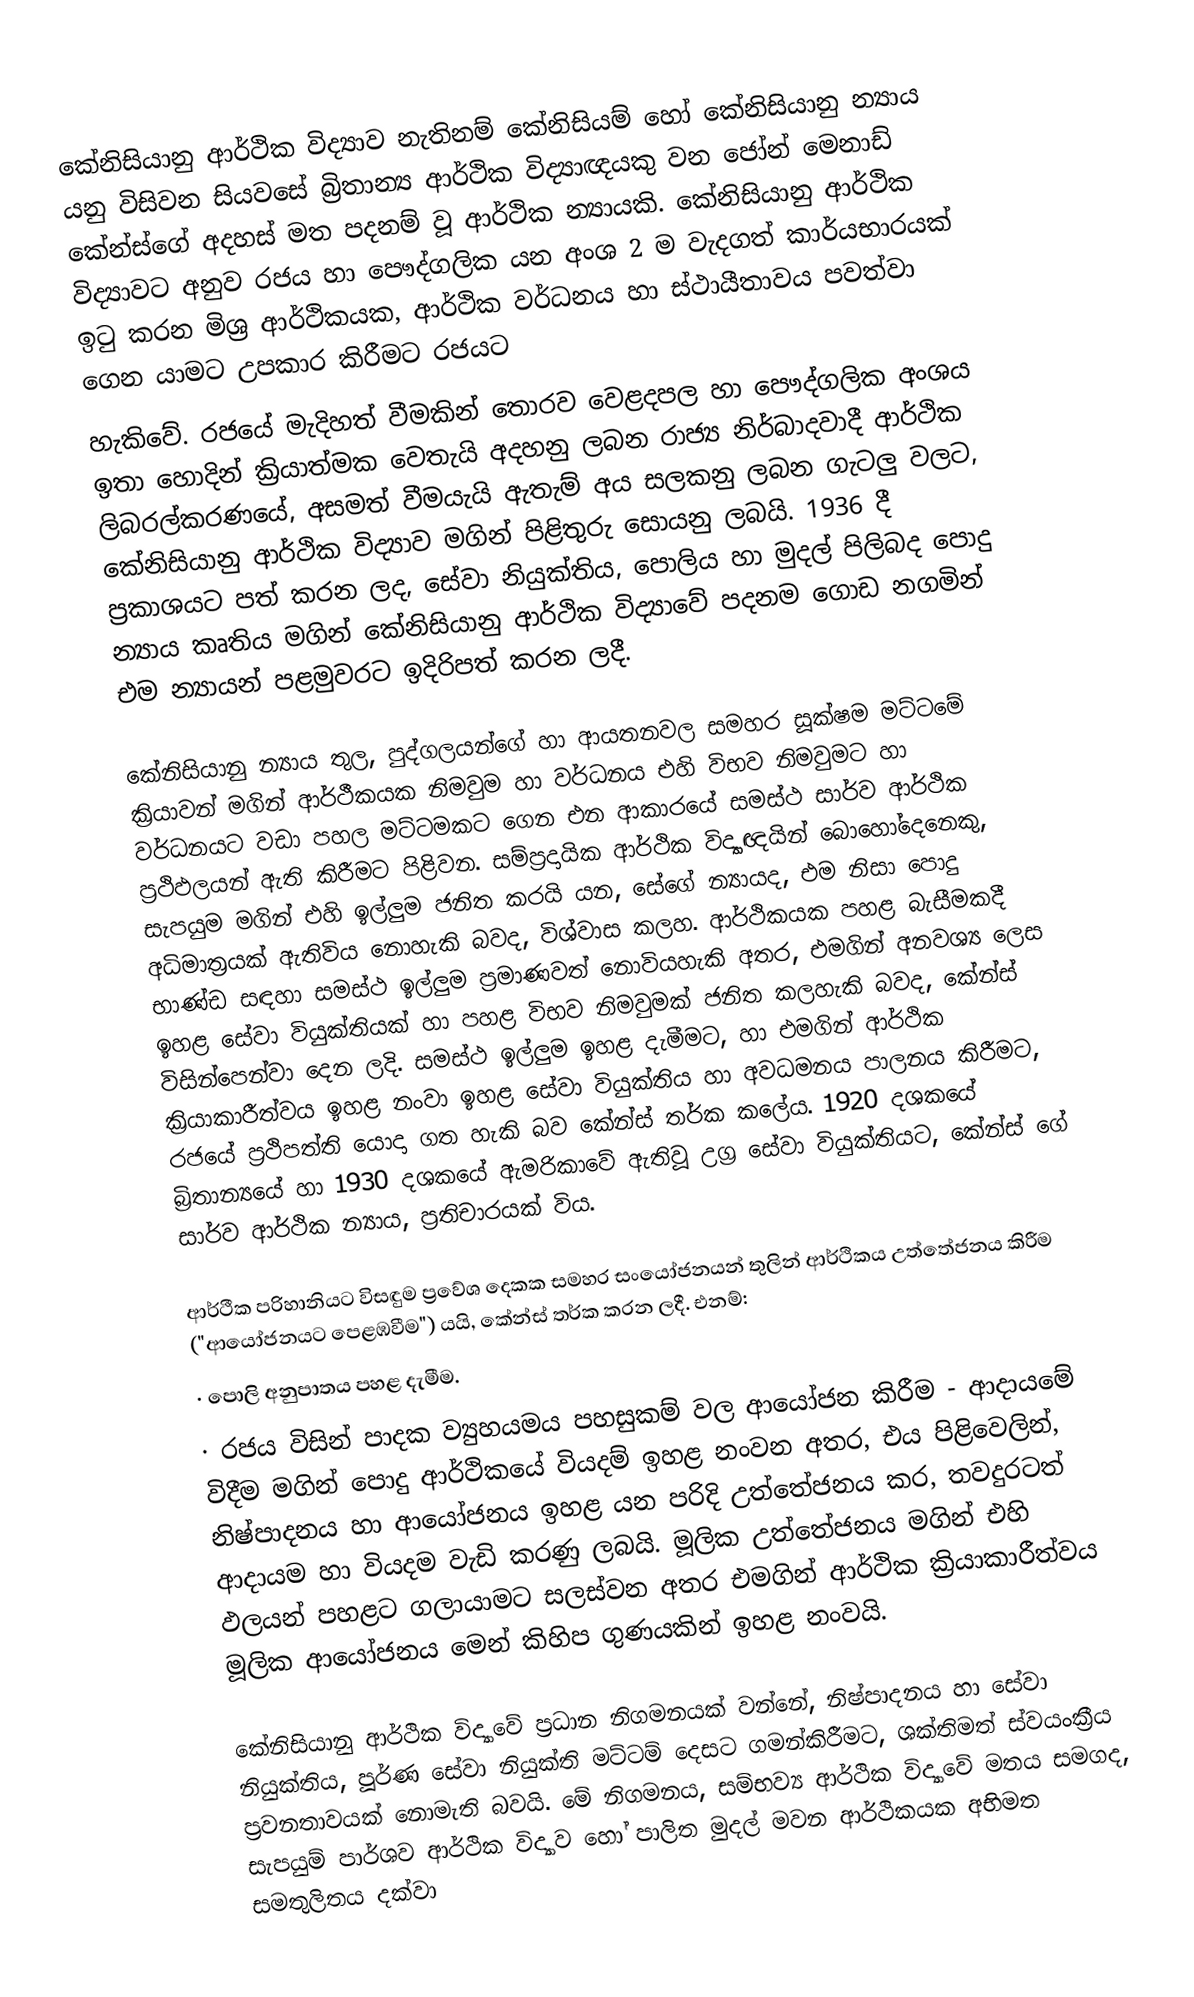
කේනිසියානු ආර්ථික විද්‍යාව නැතිනම් කේනිසියම් හෝ කේනිසියානු න්‍යාය යනු විසිවන සියවසේ බ්‍රිතාන්‍ය ආර්ථික විද්‍යාඥයකු වන ජෝන් මෙනාඩ් කේන්ස්ගේ අදහස් මත පදනම් වූ ආර්ථික න්‍යායකි. කේනිසියානු ආර්ථික විද්‍යාවට අනුව රජය හා පෞද්ගලික  යන අංශ 2 ම වැදගත් කාර්යභාරයක් ඉටු කරන මිශ්‍ර ආර්ථිකයක, ආර්ථික වර්ධනය හා ස්ථායීතාවය පවත්වා ගෙන යාමට උපකාර කිරීමට රජයට
හැකිවේ. රජයේ මැදිහත් වීමකින් තොරව වෙළදපල හා පෞද්ගලික අංශය ඉතා හොදින් ක්‍රියාත්මක වෙතැයි අදහනු ලබන රාජ්‍ය නිර්බාදවාදී ආර්ථික ලිබරල්කරණ‍යේ, අසමත් වීමයැයි ඇතැම් අය සලකනු ලබන ගැටලු වලට, කේනිසියානු ආර්ථික විද්‍යාව මගින් පිළිතුරු සොයනු ලබයි.  1936 දී ප්‍රකාශයට පත් කරන ලද, සේවා නියුක්තිය, පොලිය හා මුදල් පිලිබද පොදු න්‍යාය කෘතිය මගින් කේනිසියානු  ආර්ථික විද්‍යාවේ පදනම ගොඩ නගමින් එම න්‍යායන් පළමුවරට ඉදිරිපත් කරන ලදී.

කේනිසියානු න්‍යාය තුල, පුද්ගලයන්ගේ හා ආයතනවල සමහර සූක්ෂම මට්ටමේ ක්‍රියාවන් මගින් ආර්ථීකයක නිමවුම හා වර්ධනය එහි විභව නිමවුමට හා වර්ධනයට වඩා පහල මට්ටමකට ගෙන එන ආකාරයේ සමස්ථ සාර්ව ආර්ථික ප්‍රථිඵලයන් ඇති කිරීමට පිළිවන. සම්ප්‍රදායික ආර්ථික විද්‍යාඥයින් බොහෝදෙනෙකු, සැපයුම මගින් එහි ඉල්ලුම ජනිත කරයි යන, සේගේ න්‍යායද, එම නිසා පොදු අධිමාත්‍රයක් ඇතිවිය නොහැකි බවද, විශ්වාස කලහ.  ආර්ථිකයක පහළ බැසීමකදී භාණ්ඩ සඳහා සමස්ථ ඉල්ලුම ප්‍රමාණවත් නොවියහැකි අතර, එමගින් අනවශ්‍ය ලෙස ඉහළ සේවා වියුක්තියක් හා පහළ විභව නිමවුමක් ජනිත කලහැකි බවද, කේන්ස් විසින්පෙන්වා දෙන ලදි. සමස්ථ ඉල්ලුම ඉහළ දැමීමට, හා එමගින් ආර්ථික ක්‍රියාකාරීත්වය ඉහළ නංවා ඉහළ සේවා වියුක්තිය හා අවධමනය පාලනය කිරීමට, රජයේ ප්‍රථිපත්ති යොදා ගත හැකි බව කේන්ස් තර්ක කලේය. 1920 දශකයේ බ්‍රිතාන්‍යයේ හා 1930 දශකයේ ඇමරිකා‍‍වේ ඇතිවූ උග්‍ර සේවා වියුක්තියට, කේන්ස් ගේ සාර්ව ආර්ථික න්‍යාය, ප්‍රතිචාරයක් විය.

ආර්ථීක පරිහානියට විසඳුම ප්‍ර‍වේශ දෙකක සමහර සංයෝජනයන් තුලින් ආර්ථිකය උත්තේජනය කිරීම ("ආයෝජනයට පෙළඹවීම") යයි, කේන්ස් තර්ක කරන ලදී. එනම්:
·	පොලි අනුපාතය පහළ දැමීම.
·	රජය විසින් පාදක ව්‍යුහයමය පහසුකම් වල ආයෝජන කිරීම - ආදායමේ විදීම මගින් පොදු ආර්ථිකයේ වියදම් ඉහළ නංවන අතර, එය පිළිවෙලින්, නිෂ්පාදනය හා ආයෝජනය ඉහළ යන පරිදි උත්තේජනය කර, තවදුරටත් ආදායම හා වියදම වැඩි කරණු ලබයි. මූලික උත්තේජනය මගින් එහි ඵලයන් පහළට ගලායාමට සලස්වන අතර එමගින් ආර්ථික ක්‍රියාකාරීත්වය මූලික ආයෝජනය මෙන් කිහිප ගුණයකින් ඉහළ නංවයි.

කේනිසියානු ආර්ථික විද්‍යාවේ ප්‍රධාන නිගමනයක් වන්නේ, නිෂ්පාදනය හා  සේවා නියුක්තිය, පූර්ණ සේවා නියුක්ති මට්ටම් දෙසට ගමන්කිරීමට, ශක්තිමත් ස්වයංක්‍රීය ප්‍රවනතාවයක් නොමැති බවයි.  මේ නිගමනය, සම්භව්‍ය ආර්ථික විද්‍යාවේ මතය සමගද, සැපයුම් පාර්ශව ආර්ථික විද්‍යාව හෝ පාලිත මුදල් මවන ආර්ථිකයක අභිමත සමතුලිතය දක්වා